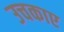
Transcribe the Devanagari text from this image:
उचकाए